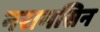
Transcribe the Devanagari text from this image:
नरामसिन